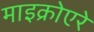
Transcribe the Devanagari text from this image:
माइक्रोएरे